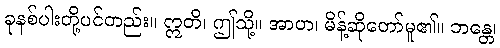
ခုနစ်ပါးတို့ပင်တည်း။ ဣတိ၊ ဤသို့။ အာဟ၊ မိန့်ဆိုတော်မူ၏။ ဘန္တေ၊